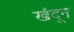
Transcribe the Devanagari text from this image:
खंदून